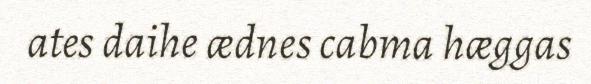
ates daihe ædnes cabma hæggas